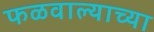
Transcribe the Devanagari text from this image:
फळवाल्याच्या